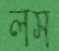
লস